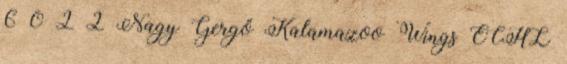
6 0 2 2 Nagy Gergő Kalamazoo Wings ECHL